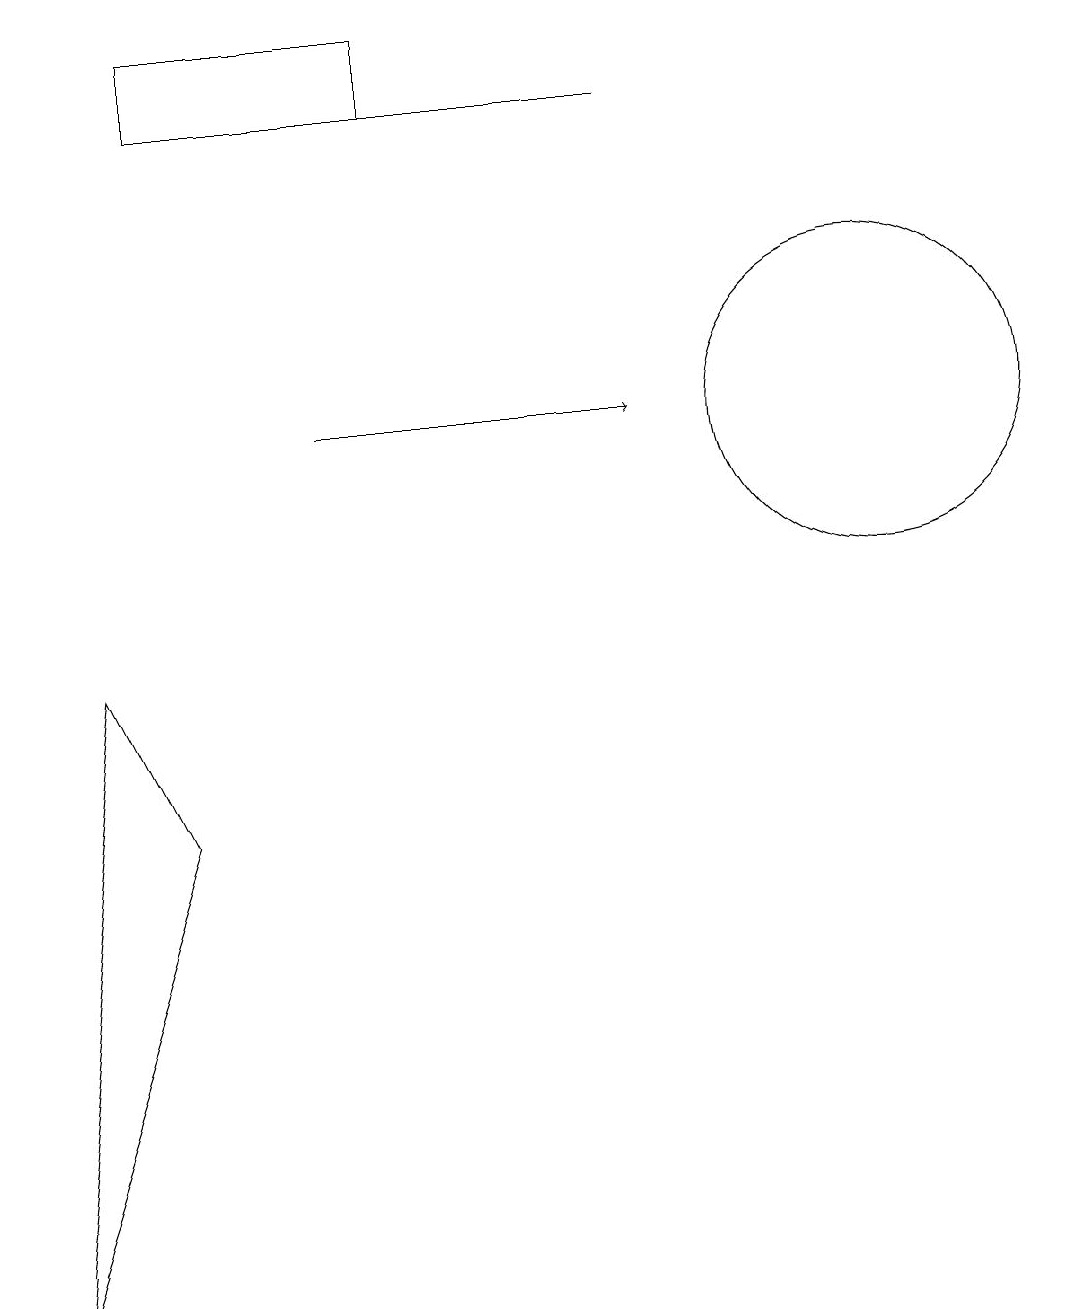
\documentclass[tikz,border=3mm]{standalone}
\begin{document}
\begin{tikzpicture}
\draw (2,15) rectangle (5,16);
\draw (8,15) rectangle (4,15);
\draw (2,6) -- (1,8) -- (0,0) -- cycle;
\draw (11,11) circle (2);
\draw[->] (4,11) -- (8,11);
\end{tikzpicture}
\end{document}